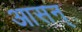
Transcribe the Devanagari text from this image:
आसन्